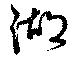
湖